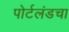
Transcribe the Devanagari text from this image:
पोर्टलंडचा